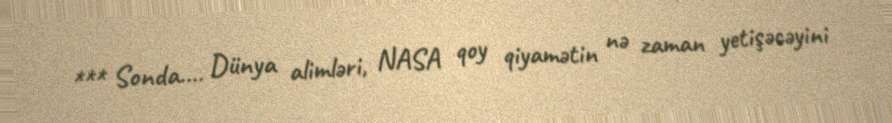
*** Sonda.... Dünya alimləri, NASA qoy qiyamətin nə zaman yetişəcəyini